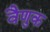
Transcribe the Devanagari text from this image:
वैणुक